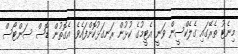
މިނެޓު ތެރޭގައި ގެލެކްސީން ވަނީ އެޓީމުގެ ކުޅުން ރަނގަޅުކޮށްފައެވެ. އެގޮތުން ޑޮސް ސަންޓޯސް